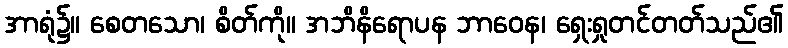
အာရုံ၌။ စေတသော၊ စိတ်ကို။ အဘိနိရောပန ဘာဝေန၊ ရှေးရှုတင်တတ်သည်၏